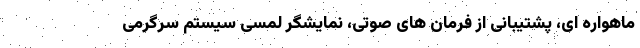
ماهواره ای، پشتیبانی از فرمان های صوتی، نمایشگر لمسی سیستم سرگرمی